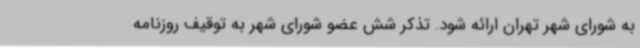
به شورای شهر تهران ارائه شود. تذکر شش عضو شورای شهر به توقیف روزنامه